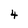
Character: 4